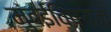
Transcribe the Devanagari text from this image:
मुंबईविषयक